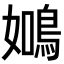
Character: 𬷑